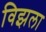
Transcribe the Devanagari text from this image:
विझला